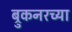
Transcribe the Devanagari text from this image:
ब्रुकनरच्या